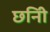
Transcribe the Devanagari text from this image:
छनिी